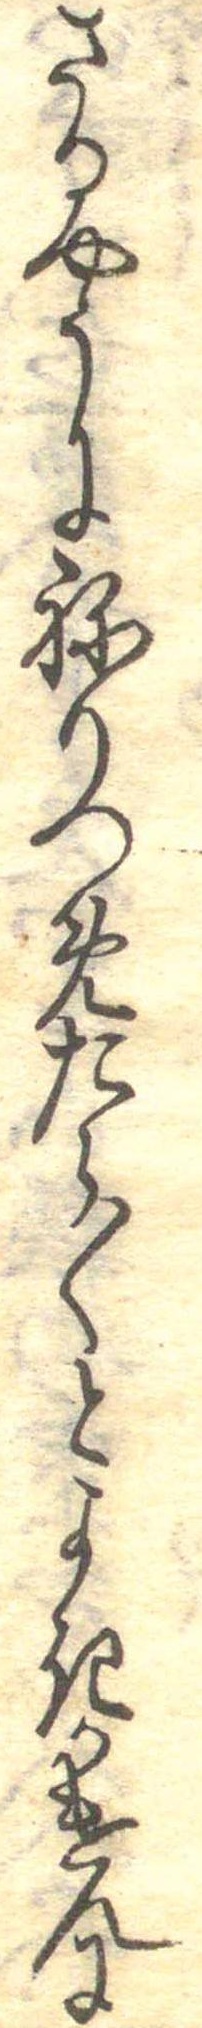
さるやうにねりつめたら〱とよきかけんに